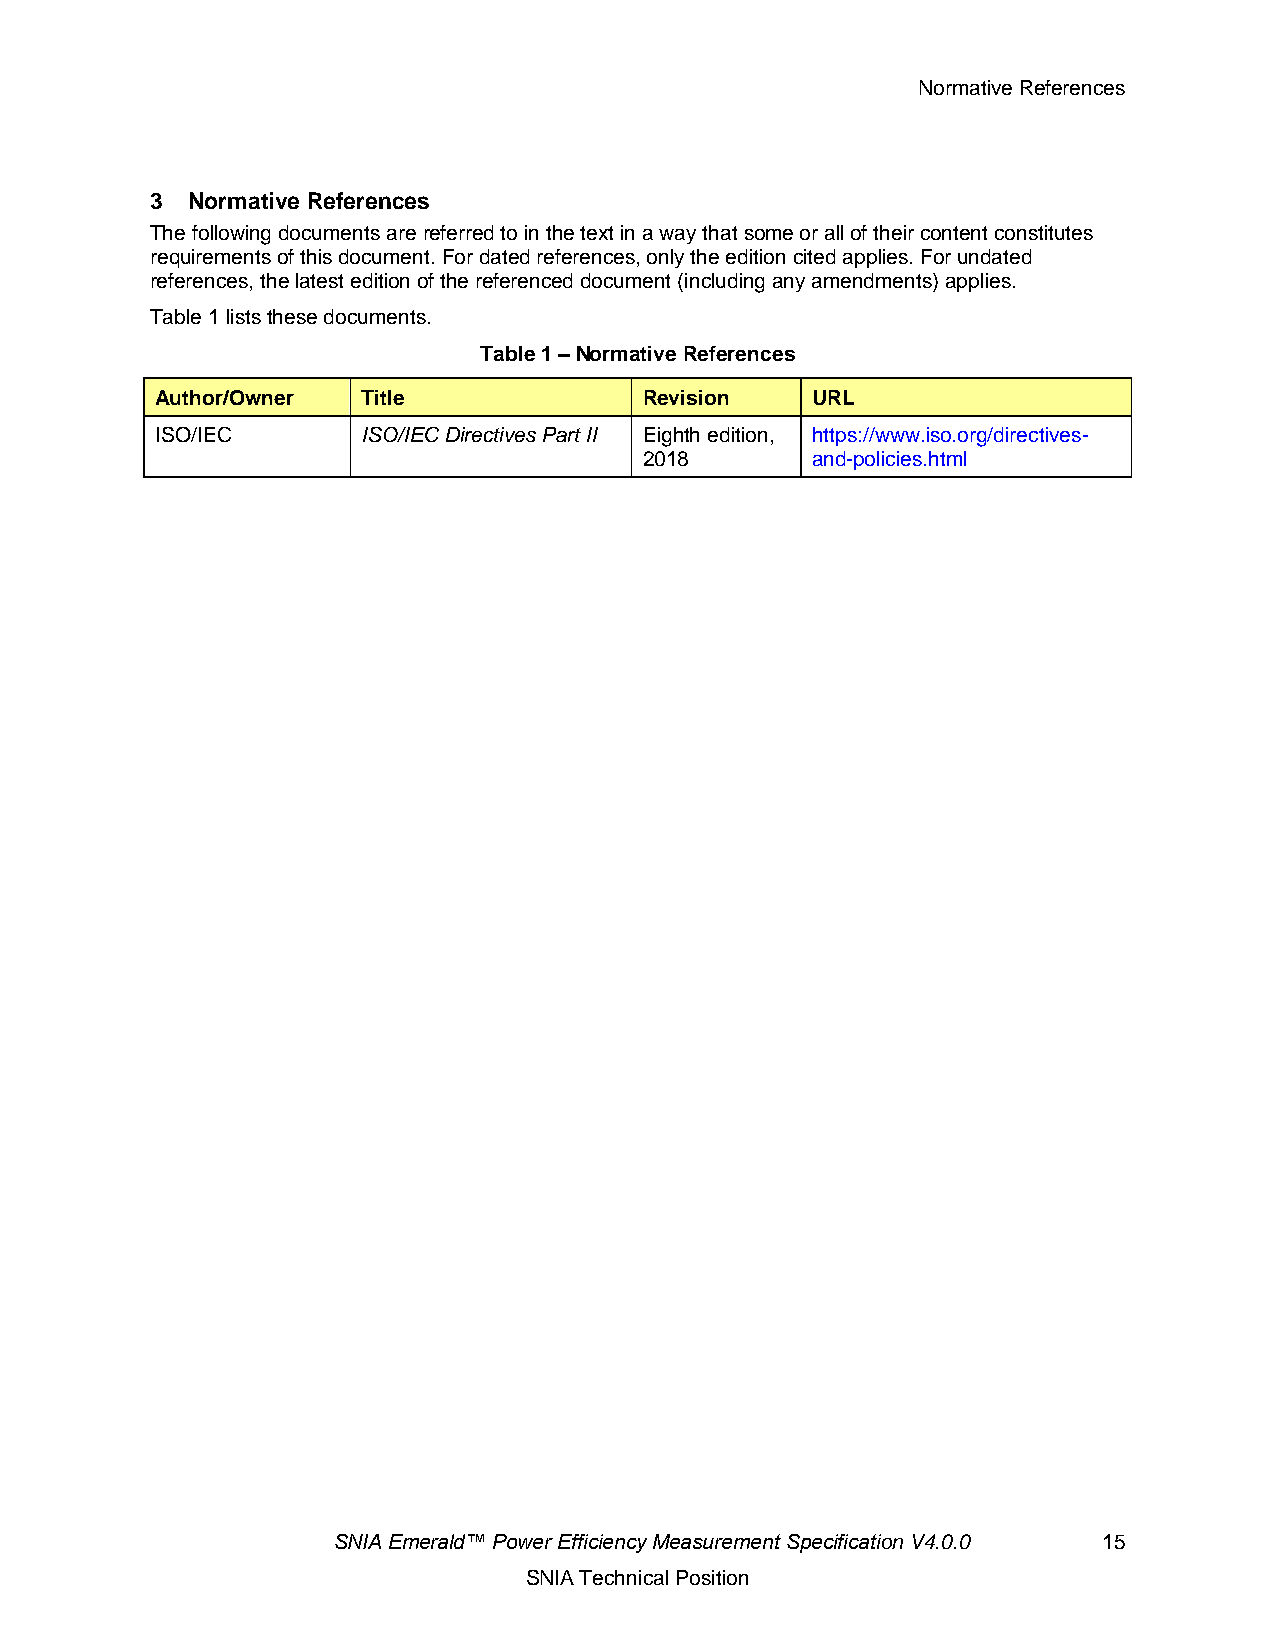
Normative References
 3 Normative References
 The following documents are referred to in the text in a way that some or all of their content constitutes
 requirements of this document. For dated references, only the edition cited applies. For undated
 references, the latest edition of the referenced document (including any amendments) applies.
 Table 1 lists these documents.
 Table 1 – Normative References
 Author/Owner  Title              Revision   URL
 ISO/IEC       ISO/IEC Directives Part II Eighth edition, https://www.iso.org/directives-
 2018       and-policies.html
 SNIA Emerald™ Power Efficiency Measurement Specification V4.0.0 15
 SNIA Technical Position